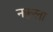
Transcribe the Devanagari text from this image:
नकुला